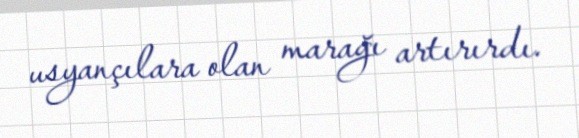
usyançılara olan marağı artırırdı.